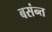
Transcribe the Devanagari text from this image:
बसंन्त